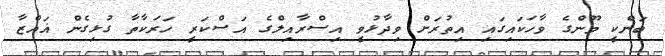
ބަންކީ މޫންގެ ވާހަކައިގައި އިތުރަށް ވިދާޅުވީ އިސްރާއިލްގެ އަސްކަރީ ހަރަކާތާ ގުޅިގެން ޣައްޒާ